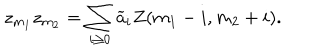
z _ { m _ { 1 } } z _ { m _ { 2 } } = \sum _ { i \ge 0 } { \widetilde a } _ { i } Z ( m _ { 1 } - i , m _ { 2 } + i ) .